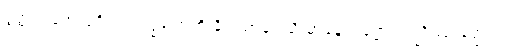
ဒွတ္တိံသမဟာပုရိသလက္ခဏေဟိ နိဝါသာပေသိ မာနေတဗ္ဗော သညိဿ နတ္ထညတြ